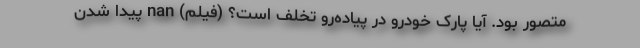
متصور بود. آیا پارک خودرو در پیاده‌رو تخلف است؟ (فیلم) nan پیدا شدن